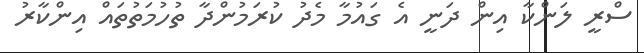
ސްރީ ލަންކާ އިން ދަނީ އެ ގައުމާ މެދު ކުރަމުންދާ ތުހުމަތުތައް އިންކާރު